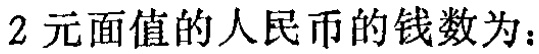
$2$元面值的人民币的钱数为：